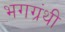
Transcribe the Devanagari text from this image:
भगग्रंथी